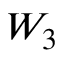
W _ { 3 }